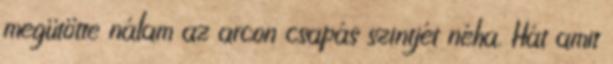
megütötte nálam az arcon csapás szintjét néha. Hát amit